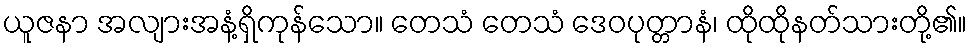
ယူဇနာ အလျားအနံ့ရှိကုန်သော။ တေသံ တေသံ ဒေဝပုတ္တာနံ၊ ထိုထိုနတ်သားတို့၏။